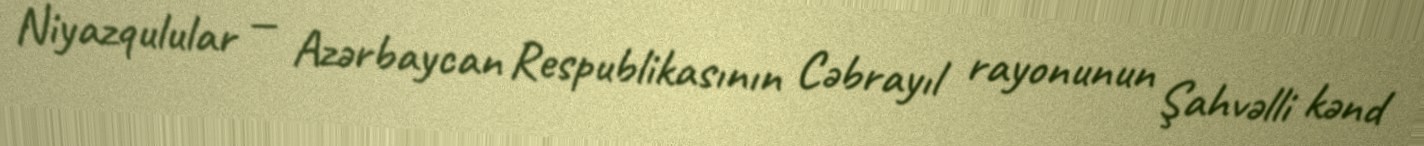
Niyazqulular — Azərbaycan Respublikasının Cəbrayıl rayonunun Şahvəlli kənd